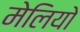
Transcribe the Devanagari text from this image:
मेलियो